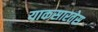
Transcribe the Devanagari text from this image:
याकसारतेस